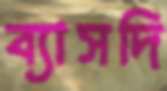
ব্যাসদি